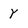
Character: Y